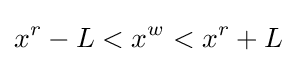
x^{r}-L<x^{w}<x^{r}+L